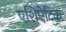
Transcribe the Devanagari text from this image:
एशिऐटिक